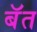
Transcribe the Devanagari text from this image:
बॅत